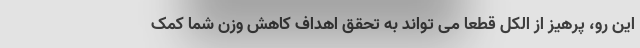
این رو، پرهیز از الکل قطعا می تواند به تحقق اهداف کاهش وزن شما کمک